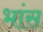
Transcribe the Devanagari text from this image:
भांस